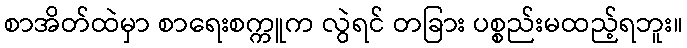
စာအိတ်ထဲမှာ စာရေးစက္ကူက လွဲရင် တခြား ပစ္စည်းမထည့်ရဘူး။